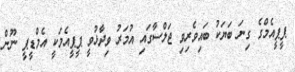
ޕީޕީއެމްގެ ގިނަ ބަޔަކު ބައިވެރިވި ޖަލްސާގައި އުމަރު ވިދާޅުވީ ޕީޕީއެމަކީ އެމްޑީޕީ ނޫން